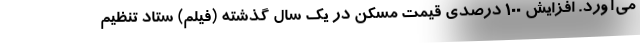
می‌آورد. افزایش ۱۰۰ درصدی قیمت مسکن در یک سال گذشته (فیلم) ستاد تنظیم